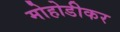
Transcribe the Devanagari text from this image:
मोहोडीकर